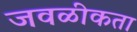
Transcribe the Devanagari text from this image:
जवळीकता